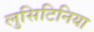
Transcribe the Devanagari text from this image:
लुसिटिनिया